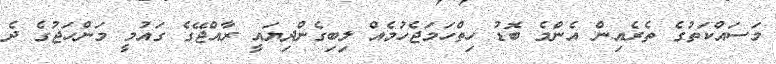
މަސައްކަތުގެ ތެރެއިން އެންމެ ބޮޑު ހިތްހަމަޖެހުމެއް ލިބިގެންދިޔައީ ރާއްޖޭގެ ގައުމީ މަންހަޖުގެ ދެ